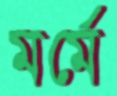
মর্মে